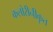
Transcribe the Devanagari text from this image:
कलोरीनीकृत